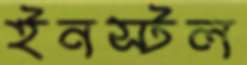
ইনস্টল